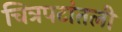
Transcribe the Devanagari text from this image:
चित्रपटांतली